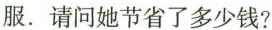
服。请问她节省了多少钱?